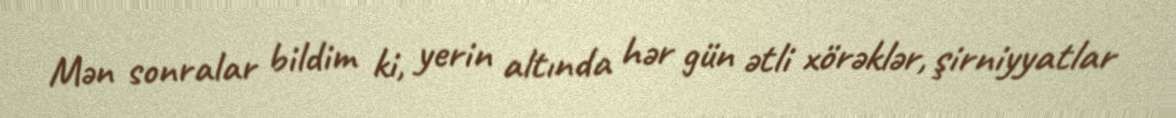
Mən sonralar bildim ki, yerin altında hər gün ətli xörəklər, şirniyyatlar